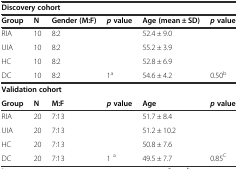
<table><thead><tr><td colspan="6"><b>Discovery cohort</b></td></tr><tr><td><b>Group</b></td><td><b>N</b></td><td><b>Gender (M:F)</b></td><td><b><i>p</i>value</b></td><td><b>Age (mean ± SD)</b></td><td><b><i>p</i>value</b></td></tr></thead><tbody><tr><td>RIA</td><td>10</td><td>8:2</td><td></td><td>52.4 ± 9.0</td><td></td></tr><tr><td>UIA</td><td>10</td><td>8:2</td><td></td><td>55.2 ± 3.9</td><td></td></tr><tr><td>HC</td><td>10</td><td>8:2</td><td></td><td>52.8 ± 6.9</td><td></td></tr><tr><td>DC</td><td>10</td><td>8:2</td><td>1<sup>a</sup></td><td>54.6 ± 4.2</td><td>0.50<sup>b</sup></td></tr><tr><td colspan="6"><b>Validation cohort</b></td></tr><tr><td><b>Group</b></td><td><b>N</b></td><td><b>M:F</b></td><td><b><i>p</i></b><b> value</b></td><td><b>Age</b></td><td><b><i>p</i></b><b> value</b></td></tr><tr><td>RIA</td><td>20</td><td>7:13</td><td></td><td>51.7 ± 8.4</td><td></td></tr><tr><td>UIA</td><td>20</td><td>7:13</td><td></td><td>51.2 ± 10.2</td><td></td></tr><tr><td>HC</td><td>20</td><td>7:13</td><td></td><td>50.8 ± 7.6</td><td></td></tr><tr><td>DC</td><td>20</td><td>7:13</td><td>1 <sup>a</sup></td><td>49.5 ± 7.7</td><td>0.85<sup>C</sup></td></tr></tbody></table>